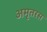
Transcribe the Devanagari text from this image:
अमृतरस